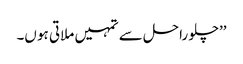
’’چلو راحل سے تمہیں ملاتی ہو ں۔